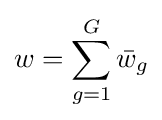
w=\sum _{g=1}^{G}{\bar {w}}_{g}